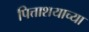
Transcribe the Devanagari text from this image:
पित्ताशयाच्या